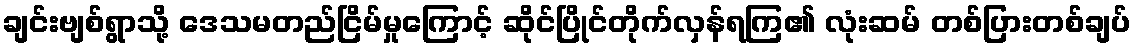
ချင်းဗျစ်ရွာသို့ ဒေသမတည်ငြိမ်မှုကြောင့် ဆိုင်ပြိုင်တိုက်လှန်ရကြ၏ လုံးဆမ် တစ်ပြားတစ်ချပ်